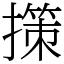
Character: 㩍